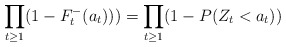
\begin{align*} \prod_{t \ge 1}(1- F_{t}^{-}(a_t)))= \prod_{t \ge 1}(1- P(Z_t<a_t)) \end{align*}